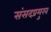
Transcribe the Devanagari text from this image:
संसदप्रमुख